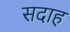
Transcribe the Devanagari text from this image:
सदाह